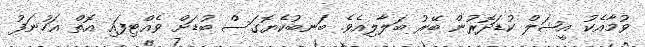
ވުމާއެކު އީޝަލް ކުޑަދޮރުން ބޭރު ބަލާލިއެވެ. ބަނބުކެޔޮގަސް ބުޑަށް ވެއްޓިފައި އޮތް އަހުނަފު